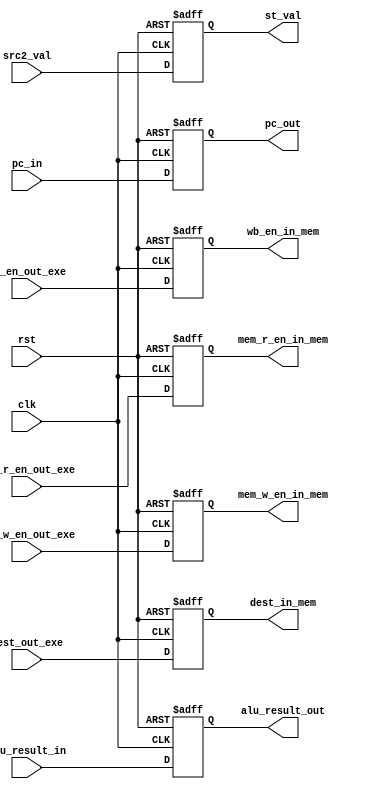
`timescale 1ns/1ns
module exe_stage_reg(
                    input clk,
                    input rst,
                    input [4:0]dest_out_exe,
                    input [31:0]alu_result_in,
                    input [31:0]src2_val,
					input [31:0]pc_in,
                    input mem_r_en_out_exe,
                    input mem_w_en_out_exe,
                    input wb_en_out_exe,
                    
                    output reg [4:0]dest_in_mem,
                    output reg [31:0]alu_result_out,
                    output reg [31:0]st_val,
					output reg [31:0]pc_out,
                    output reg mem_r_en_in_mem,
                    output reg mem_w_en_in_mem,
                    output reg wb_en_in_mem
                    );
always@(posedge clk, posedge rst)begin
	if(rst)begin
        dest_in_mem<=5'b00000;
        alu_result_out<=32'd0;
        st_val<=32'd0;
        mem_r_en_in_mem<=1'b0;
        mem_w_en_in_mem<=1'b0;
        wb_en_in_mem<=1'b0;
		pc_out<=32'd0;
	end
	else begin
		pc_out<=pc_in;
		dest_in_mem<=dest_out_exe;
        alu_result_out<=alu_result_in;
        st_val<=src2_val;
        mem_r_en_in_mem<=mem_r_en_out_exe;
        mem_w_en_in_mem<=mem_w_en_out_exe;
        wb_en_in_mem<=wb_en_out_exe;
	end
end                    
                                        
endmodule